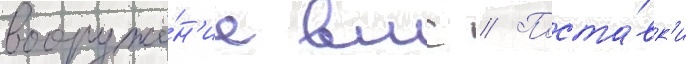
вооруже́н'ие вмс // Поста́вк'и